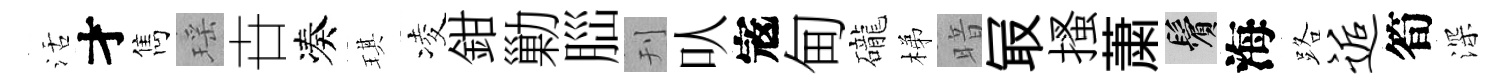
活才雋瑶卋凑琪凌鉗勦𦛁刊㕥𡨥甸礲梯暗冣搔䔥鬢海路逅筍深